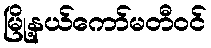
မြို့နယ်ကော်မတီဝင်